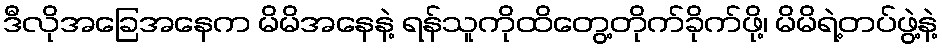
ဒီလိုအခြေအနေက မိမိအနေနဲ့ ရန်သူကိုထိတွေ့တိုက်ခိုက်ဖို့၊ မိမိရဲ့တပ်ဖွဲ့နဲ့